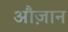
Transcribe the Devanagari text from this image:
औज़ान